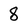
Character: 8